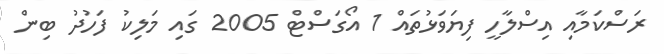
ރަސްކަމާއި އިސްލާހީ ފިޔަވަޅުތައް 1 އޯގަސްޓް 2005 ގައި މަލިކު ފަހުދު ބިން